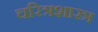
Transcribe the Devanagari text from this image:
चरित्रशास्त्र